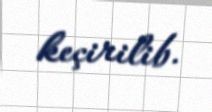
keçirilib.